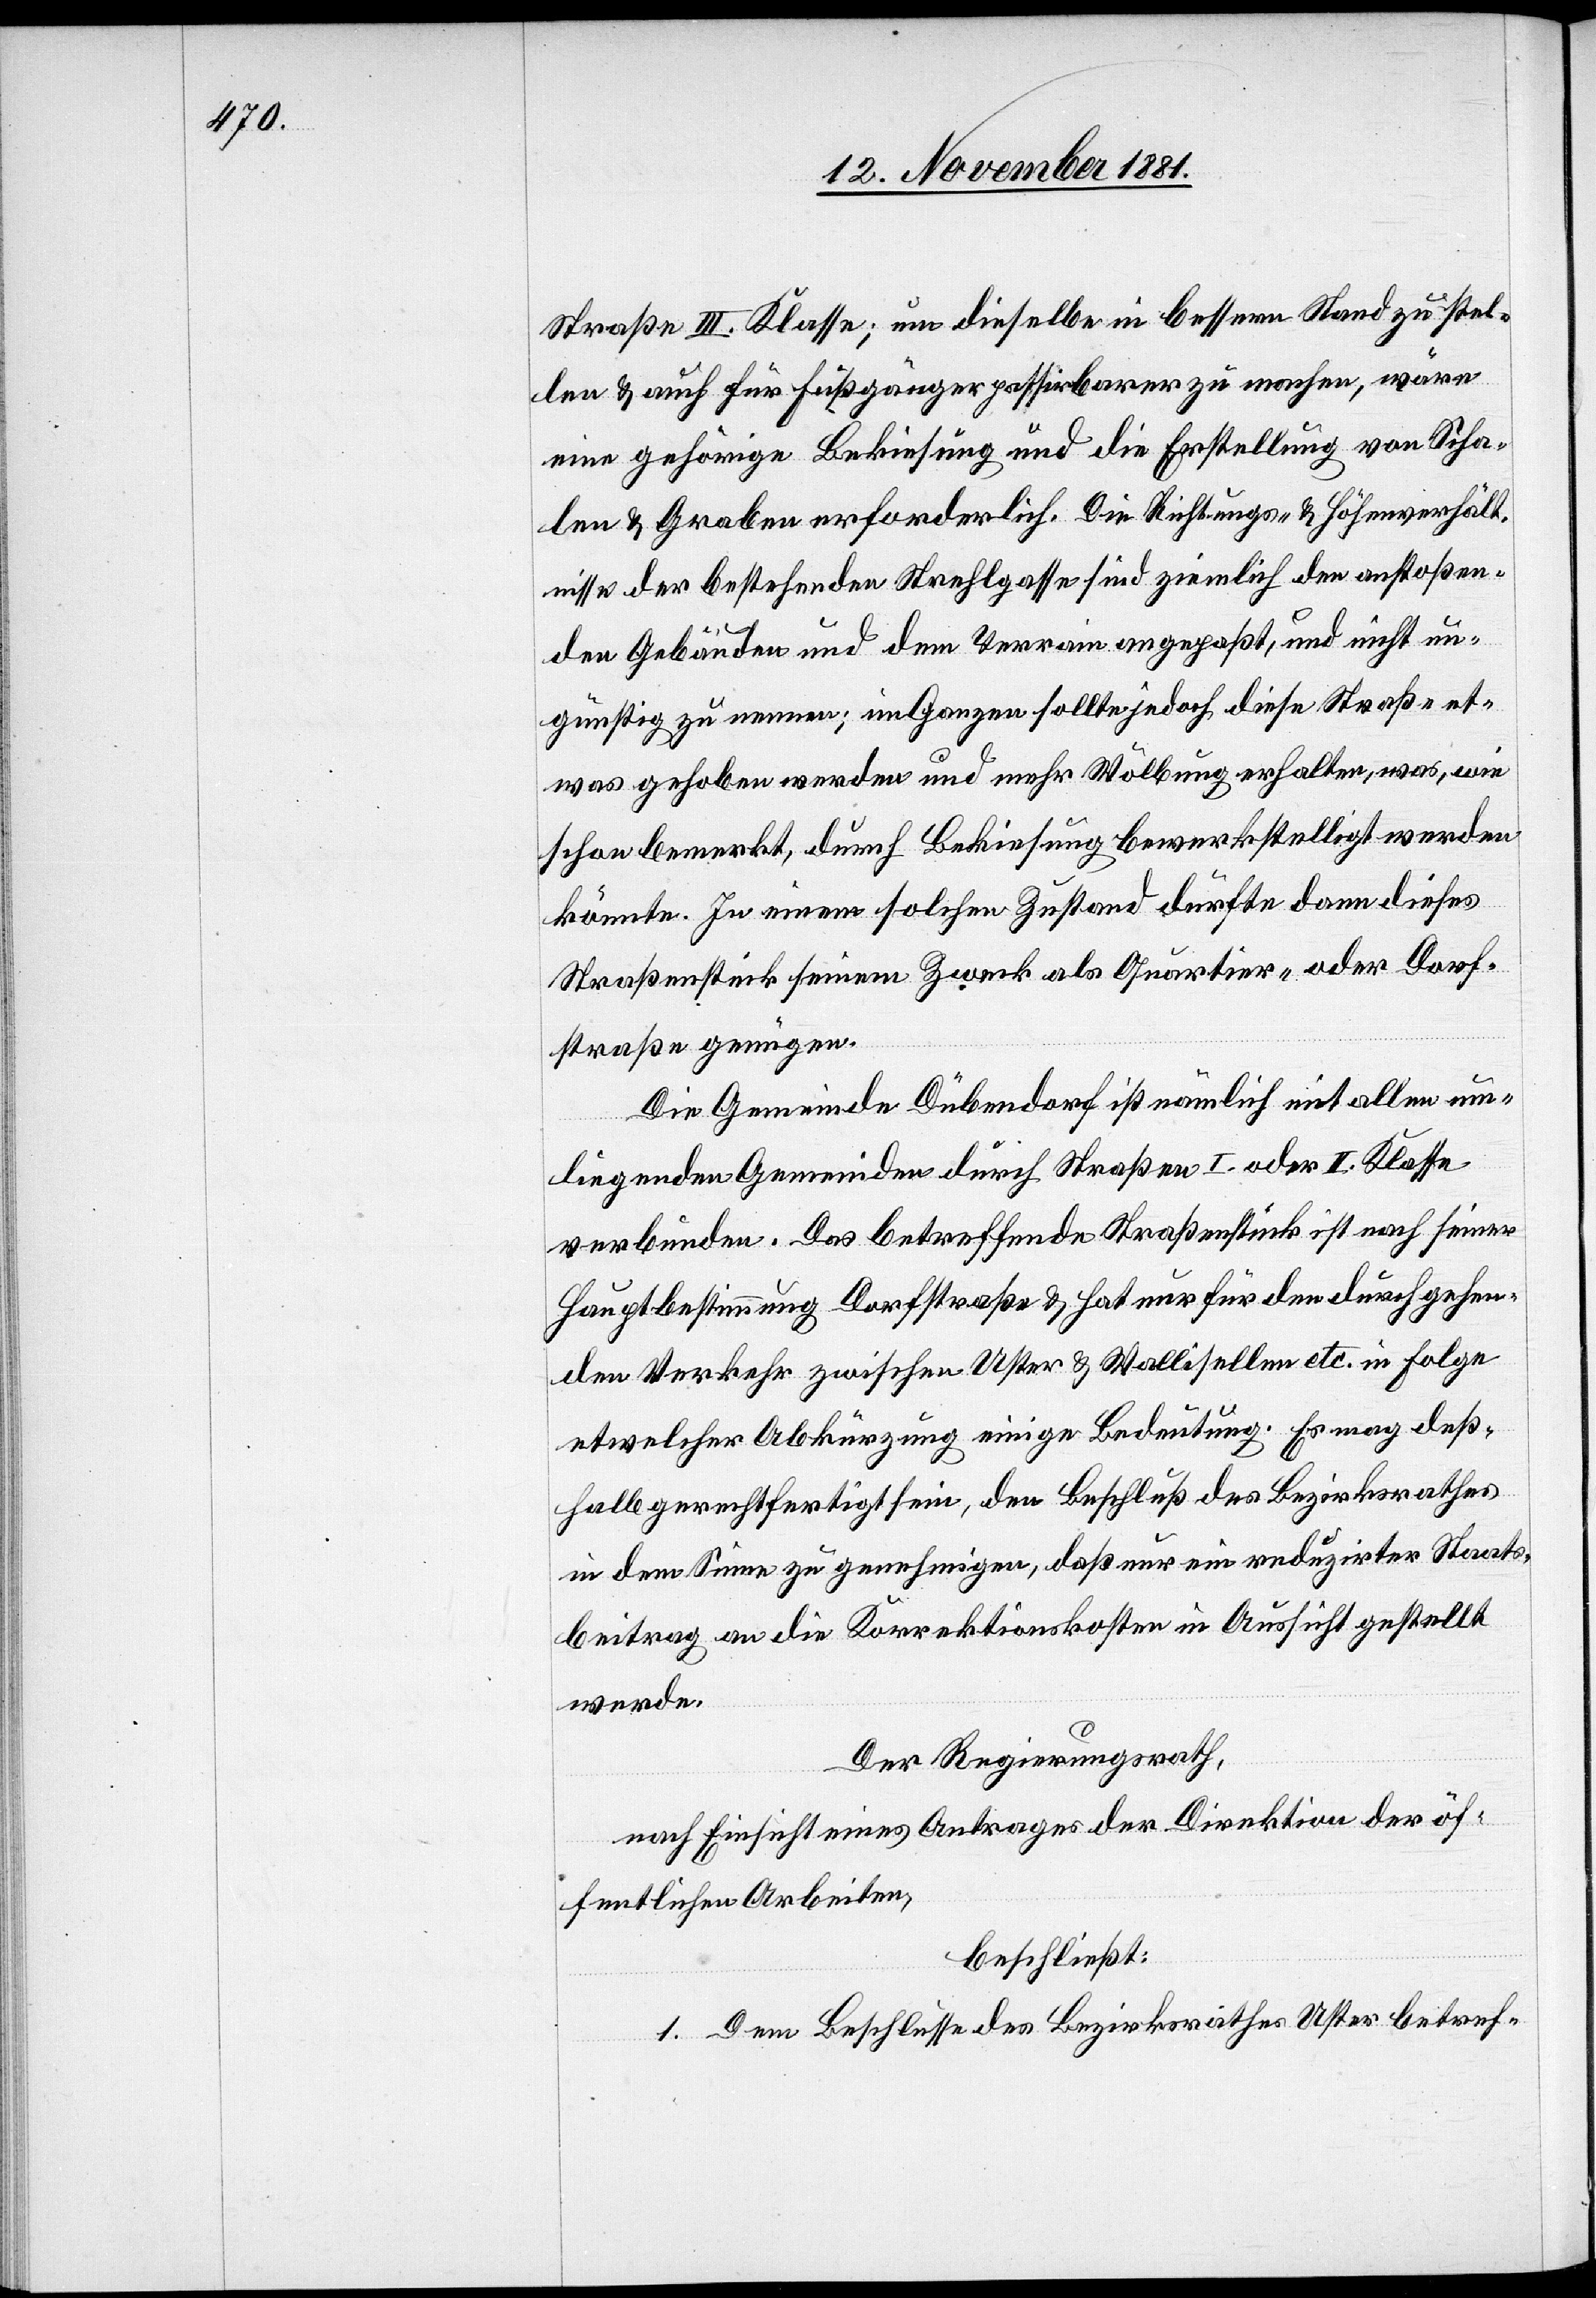
Straße III. Klasse; um dieselbe in bessern Stand zu stel¬
len & auch für Fußgänger passirbarer zu machen, wäre
eine gehörige Bekiesung und die Erstellung von Scha¬
len & Graben erforderlich. Die Richtungs- & Höhenverhält¬
nisse der bestehenden Strehlgasse sind ziemlich den anstoßen¬
den Gebäuden und dem Terrain angepaßt, und nicht un¬
günstig zu nennen; im Ganzen sollte jedoch diese Straße et¬
was gehoben werden und mehr Wölbung erhalten, was, wie
schon bemerkt, durch Bekiesung bewerkstelligt werden
könnte. In einem solchen Zustand dürfte dann dieses
Straßenstück seinem Zweck als Quartir- oder Dorf¬
straße genügen.
Die Gemeinde Dübendorf ist nämlich mit allen um¬
liegenden Gemeinden durch Straßen I. oder II. Klasse
verbunden. Das betreffende Straßenstück ist nach seiner
Hauptbestimmung Dorfstraße & hat nur für den durchgehende¬
nden Verkehr zwischen Uster & Wallisellen etc. in Folge
etwelcher Abkürzung einige Bedeutung. Es mag deß¬
halb gerechtfertigt sein, den Beschluß des Bezirksrathes
in dem Sinne zu genehmigen, daß nur ein reduzirter Staats¬
beitrag an die Korrektionskosten in Aussicht gestellt
werde.
Der Regierungsrath,
nach Einsicht eines Antrages der Direktion der öf¬
fentlichen Arbeiten,
beschließt.
1. Dem Beschlusse des Bezirksrathes Uster betref-